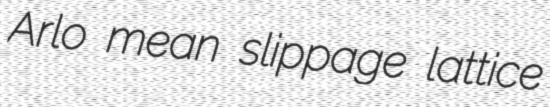
Arlo mean slippage lattice